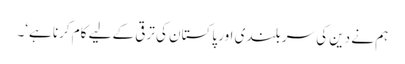
ہم نے دین کی سر بلندی اور پاکستان کی ترقی کے لیے کام کرنا ہے‘۔